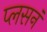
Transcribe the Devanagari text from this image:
प्लसनं